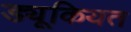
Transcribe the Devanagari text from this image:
ड्यूकियत